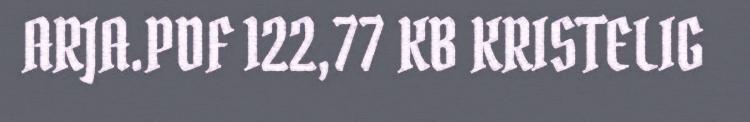
ARJA.PDF 122,77 KB KRISTELIG